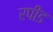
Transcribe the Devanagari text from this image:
रपीड